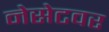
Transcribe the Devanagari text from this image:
नेसेटवर